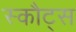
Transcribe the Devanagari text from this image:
स्कौट्स